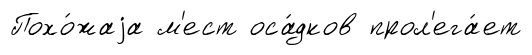
Похо́жаjа м'ест оса́дков прол'ега́ет